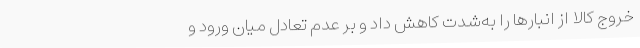
خروج کالا از انبارها را به‌شدت کاهش داد و بر عدم تعادل میان ورود و